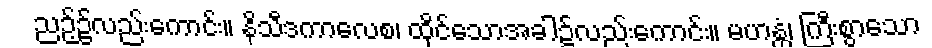
ညဉ့်၌လည်းကောင်း။ နိသီဒကာလေစ၊ ထိုင်သောအခါ၌လည်းကောင်း။ မဟန္တံ၊ ကြီးစွာသော